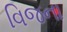
વિજના